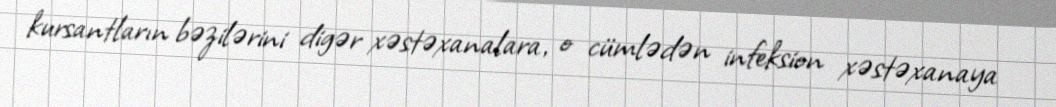
kursantların bəzilərini digər xəstəxanalara, o cümlədən infeksion xəstəxanaya